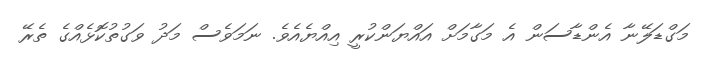
މަގްޑަލޭނާ އެންޑާސަން އެ މަގާމަށް އައްޔަންކުރީ އިއްޔެއެވެ. ނަމަވެސް މަދު ވަގުތުކޮޅެއްގެ ތެރޭ